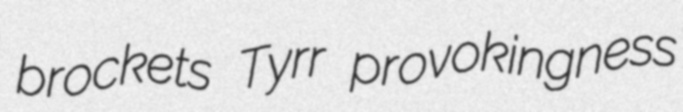
brockets Tyrr provokingness